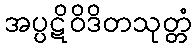
အပ္ပဋိဝိဒိတသုတ္တံ